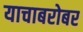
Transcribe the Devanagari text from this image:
याचाबरोबर